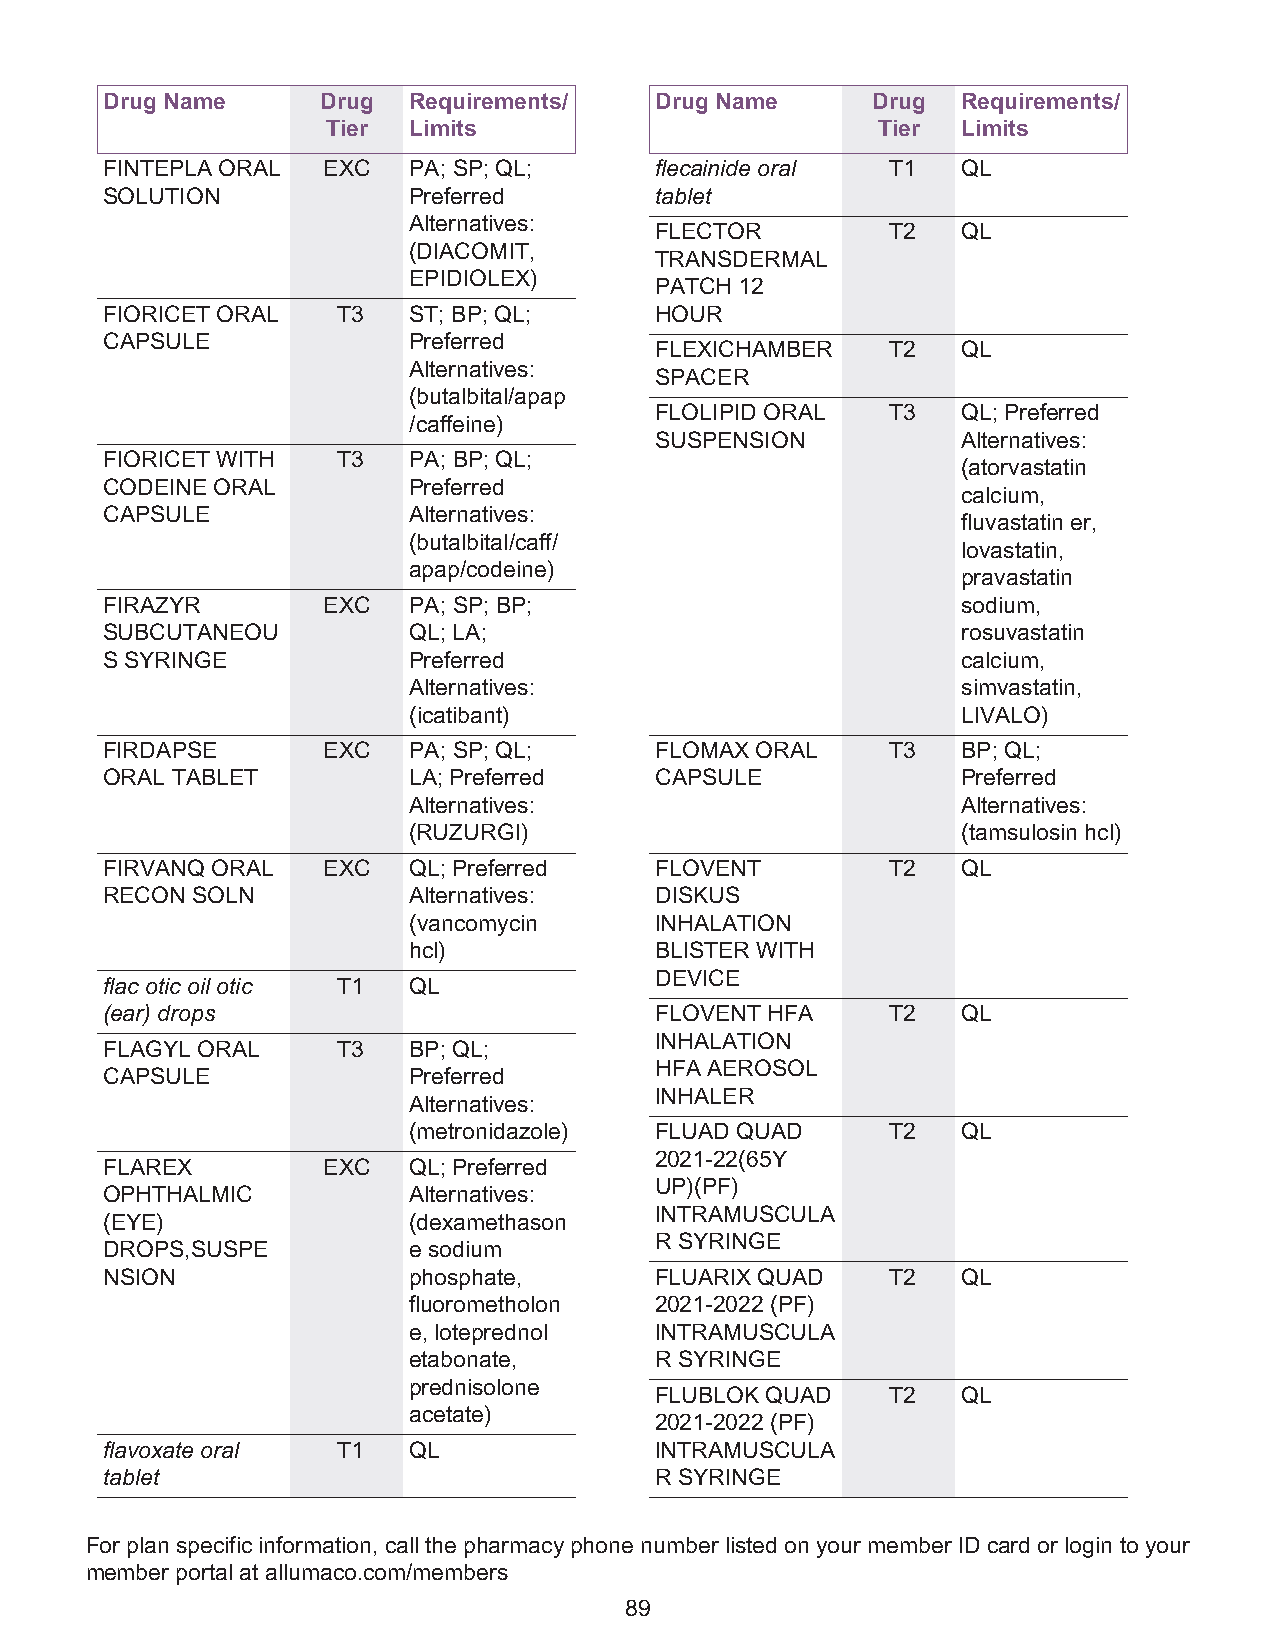
Drug Name     Drug  Requirements/   Drug Name      Drug  Requirements/
 Tier Limits                         Tier  Limits
 FINTEPLA ORAL EXC   PA; SP; QL;     flecainide oral T1   QL
 SOLUTION            Preferred       tablet
 Alternatives:
 FLECTOR         T2   QL
 (DIACOMIT,
 TRANSDERMAL
 EPIDIOLEX)
 PATCH 12
 FIORICET ORAL  T3   ST; BP; QL;     HOUR
 CAPSULE             Preferred
 FLEXICHAMBER    T2   QL
 Alternatives:
 SPACER
 (butalbital/apap
 FLOLIPID ORAL   T3   QL; Preferred
 /caffeine)
 SUSPENSION           Alternatives:
 FIORICET WITH  T3   PA; BP; QL;
 (atorvastatin
 CODEINE ORAL        Preferred
 calcium,
 CAPSULE             Alternatives:
 fluvastatin er,
 (butalbital/caff/
 lovastatin,
 apap/codeine)
 pravastatin
 FIRAZYR       EXC   PA; SP; BP;                          sodium,
 SUBCUTANEOU         QL; LA;                              rosuvastatin
 S SYRINGE           Preferred                            calcium,
 Alternatives:                        simvastatin,
 (icatibant)                          LIVALO)
 FIRDAPSE      EXC   PA; SP; QL;     FLOMAX ORAL     T3   BP; QL;
 ORAL TABLET         LA; Preferred   CAPSULE              Preferred
 Alternatives:                        Alternatives:
 (RUZURGI)                            (tamsulosin hcl)
 FIRVANQ ORAL  EXC   QL; Preferred   FLOVENT         T2   QL
 RECON SOLN          Alternatives:   DISKUS
 (vancomycin     INHALATION
 hcl)            BLISTER WITH
 DEVICE
 flac otic oil otic T1 QL
 (ear) drops                         FLOVENT HFA     T2   QL
 INHALATION
 FLAGYL ORAL    T3   BP; QL;
 HFA AEROSOL
 CAPSULE             Preferred
 INHALER
 Alternatives:
 (metronidazole) FLUAD QUAD      T2   QL
 2021-22(65Y
 FLAREX        EXC   QL; Preferred
 UP)(PF)
 OPHTHALMIC          Alternatives:
 INTRAMUSCULA
 (EYE)               (dexamethason
 R SYRINGE
 DROPS,SUSPE         e sodium
 NSION               phosphate,      FLUARIX QUAD    T2   QL
 fluorometholon  2021-2022 (PF)
 e, loteprednol  INTRAMUSCULA
 etabonate,      R SYRINGE
 prednisolone
 FLUBLOK QUAD    T2   QL
 acetate)
 2021-2022 (PF)
 flavoxate oral T1   QL              INTRAMUSCULA
 tablet                              R SYRINGE
 For plan specific information, call the pharmacy phone number listed on your member ID card or login to your
 member portal at allumaco.com/members
 89